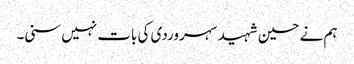
ہم نے حسین شہید سہروردی کی بات نہیں سنی۔